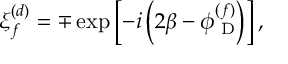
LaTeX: \xi _ { f } ^ { ( d ) } = \mp \exp \left[ - i \left( 2 \beta - \phi _ { \mathrm { { \scriptsize ~ D } } } ^ { ( f ) } \right) \right] ,